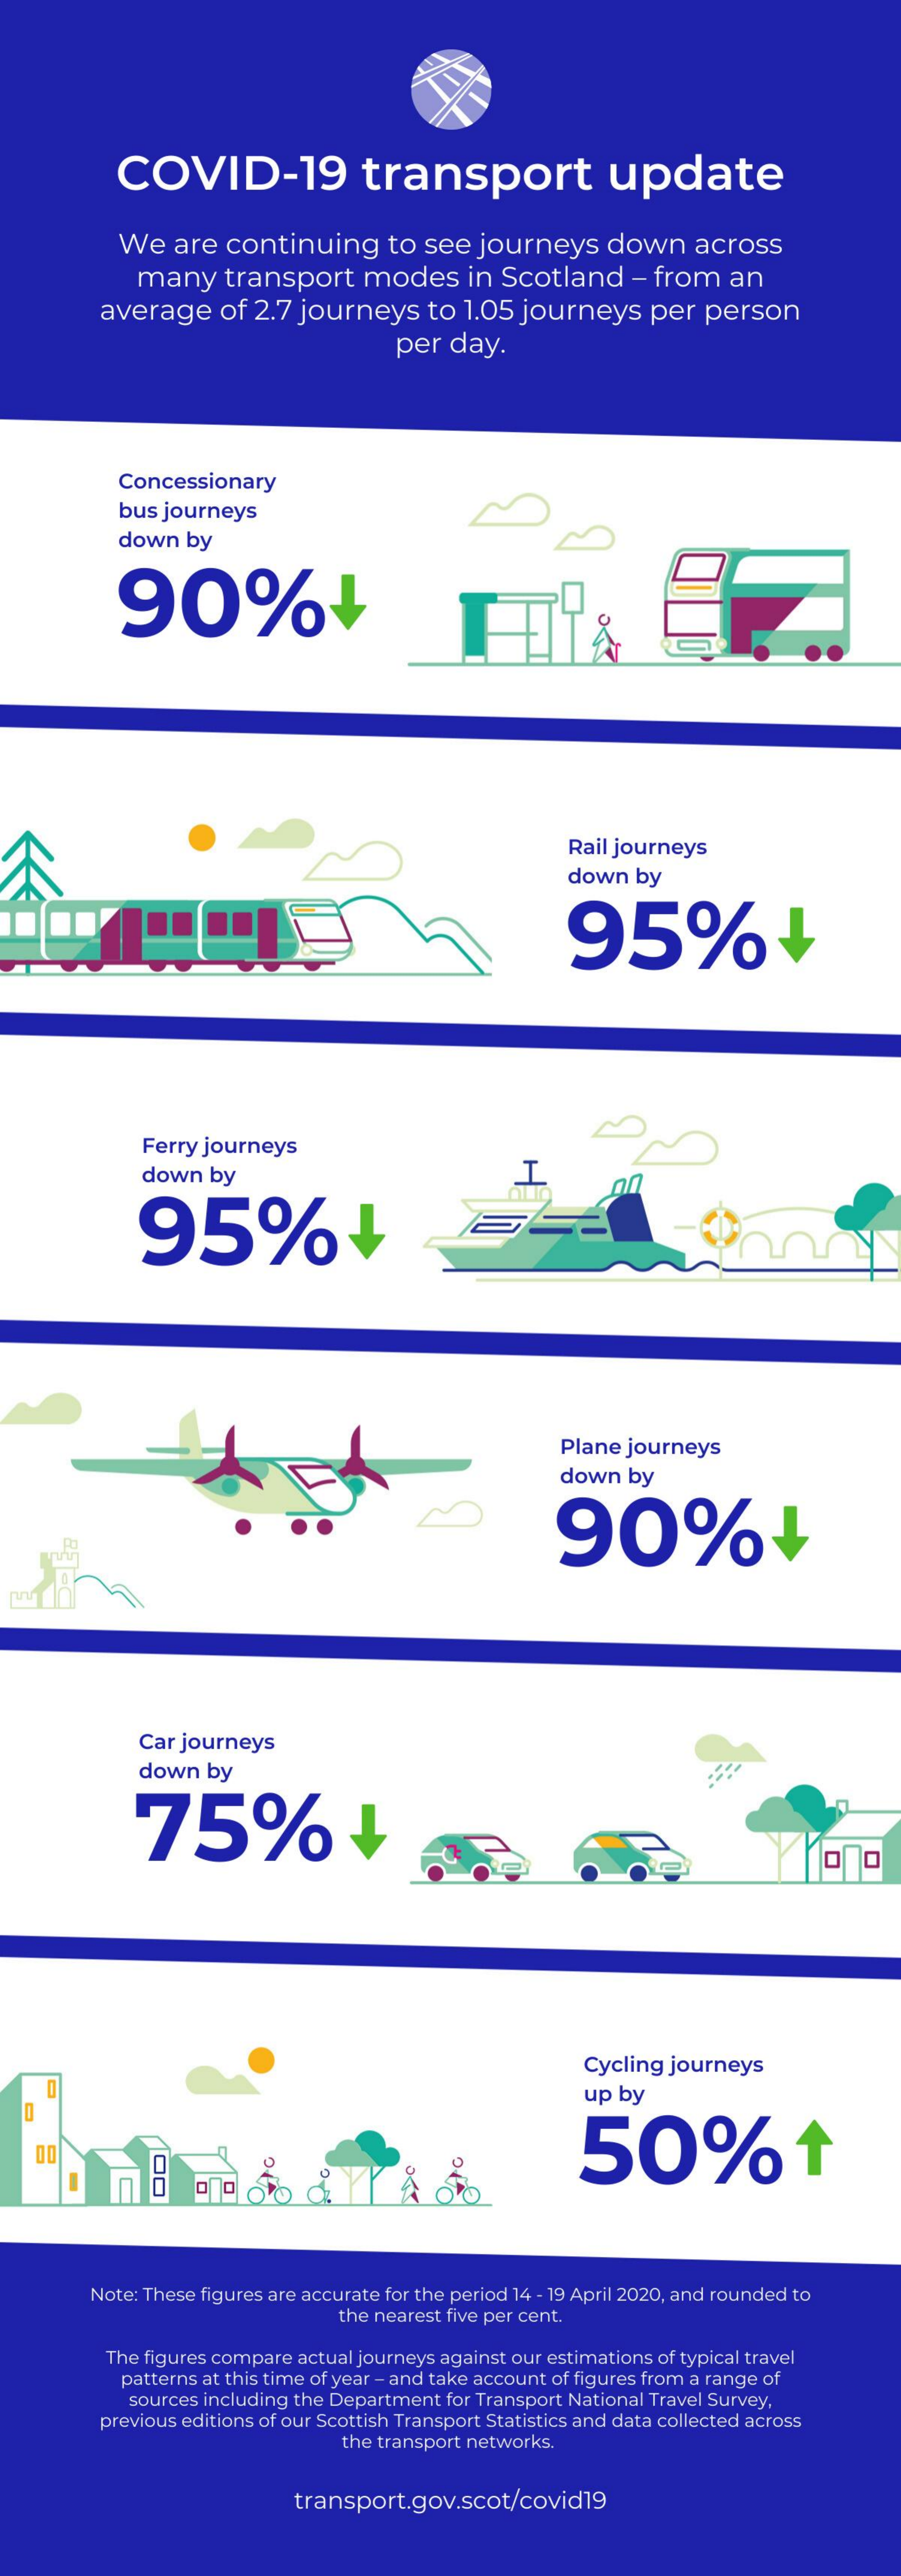
COVID-19    transport    update
     We   are  continuing    to  see  journeys    down    across
     many    transport    modes    in  Scotland    - from   an
     average    of 2.7 journeys    to  1.05  journeys    per   person
     per   day.
     Concessionary
     bus journeys
     down   by
     90%+
     Rail journeys
     down  by
     95%
     Ferry journeys
     down   by
     95%+
     Plane journeys
     down  by
     90%
     Car journeys
     down  by
     75%
     Cycling journeys
     up by
     50%    1
     Note: These figures are accurate for the period 14 - 19 April 2020, and rounded to
     the nearest five per cent.
     The figures compare actual journeys against our estimations of typical travel
     patterns at this time of year - and take account of figures from a range of
     sources including the Department for Transport National Travel Survey,
     previous editions of our Scottish Transport Statistics and data collected across
     the transport networks.
     transport.gov.scot/covid19